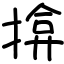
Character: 揜